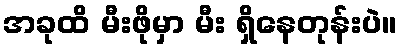
အခုထိ မီးဖိုမှာ မီး ရှိနေတုန်းပဲ။